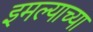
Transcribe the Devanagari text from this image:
इमल्याच्या